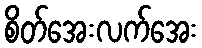
စိတ်အေးလက်အေး